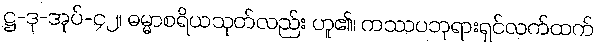
ဋ္ဌ-ဒု-အုပ်-၄၂၊ ဓမ္မာစရိယသုတ်လည်း ဟူ၏၊ ကဿပဘုရားရှင်လက်ထက်